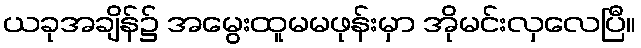
ယခုအချိန်၌ အမွေးထူမမဖုန်းမှာ အိုမင်းလှလေပြီ။